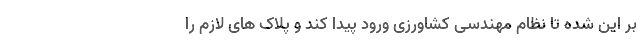
بر این شده تا نظام مهندسی کشاورزی ورود پیدا کند و پلاک های لازم را